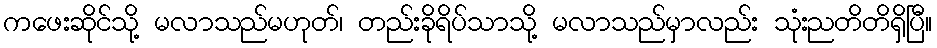
ကဖေးဆိုင်သို့ မလာသည်မဟုတ်၊ တည်းခိုရိပ်သာသို့ မလာသည်မှာလည်း သုံးညတိတိရှိပြီ။